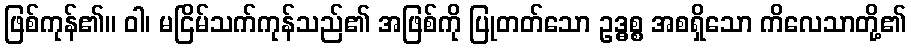
ဖြစ်ကုန်၏။ ဝါ၊ မငြိမ်သက်ကုန်သည်၏ အဖြစ်ကို ပြုတတ်သော ဥဒ္ဓစ္စ အစရှိသော ကိလေသာတို့၏